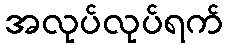
အလုပ်လုပ်ရက်